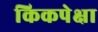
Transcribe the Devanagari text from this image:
किकपेक्षा